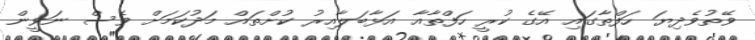
ވޭތުވެދިޔަ ހަފްތާގައި އޭގެ ކުރީ ހަފްތާއާ އަޅާބަލާއިރު ކުށްތައް މަދުކަމަށް ވެސް ނަވީން